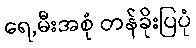
ရေ,မီးအစုံ တန်ခိုးပြပုံ